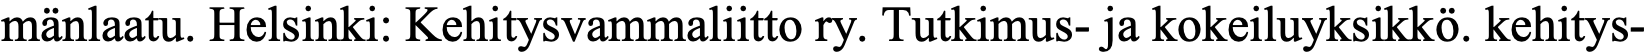
mänlaatu. Helsinki: Kehitysvammaliitto ry. Tutkimus- ja kokeiluyksikkö. kehitys-